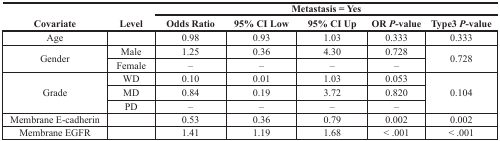
<table><thead><tr><td rowspan="2"><b>Covariate</b></td><td rowspan="2"><b>Level</b></td><td colspan="5"><b>Metastasis = Yes</b></td></tr><tr><td><b>Odds Ratio</b></td><td><b>95% CI Low</b></td><td><b>95% CI Up</b></td><td><b>OR <i>P</i>-value</b></td><td><b>Type3 <i>P</i>-value</b></td></tr></thead><tbody><tr><td>Age</td><td></td><td>0.98</td><td>0.93</td><td>1.03</td><td>0.333</td><td>0.333</td></tr><tr><td rowspan="2">Gender</td><td>Male</td><td>1.25</td><td>0.36</td><td>4.30</td><td>0.728</td><td rowspan="2">0.728</td></tr><tr><td>Female</td><td>–</td><td>–</td><td>–</td><td>–</td></tr><tr><td rowspan="3">Grade</td><td>WD</td><td>0.10</td><td>0.01</td><td>1.03</td><td>0.053</td><td rowspan="3">0.104</td></tr><tr><td>MD</td><td>0.84</td><td>0.19</td><td>3.72</td><td>0.820</td></tr><tr><td>PD</td><td>–</td><td>–</td><td>–</td><td>–</td></tr><tr><td>Membrane E-cadherin</td><td></td><td>0.53</td><td>0.36</td><td>0.79</td><td>0.002</td><td>0.002</td></tr><tr><td>Membrane EGFR</td><td></td><td>1.41</td><td>1.19</td><td>1.68</td><td>&lt; .001</td><td>&lt; .001</td></tr></tbody></table>